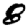
Digit: 8